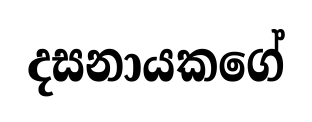
දසනායකගේ